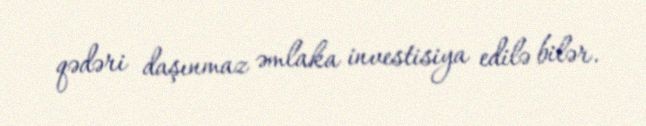
qədəri daşınmaz əmlaka investisiya edilə bilər.